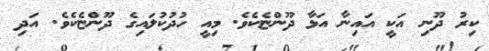
ކިރު ދޫނި އަކީ އައިނާ އަޅާ ދޫންޏެކެވެ. މިއީ ހުދުކުލައިގެ ދޫންޏެކެވެ. އަދި